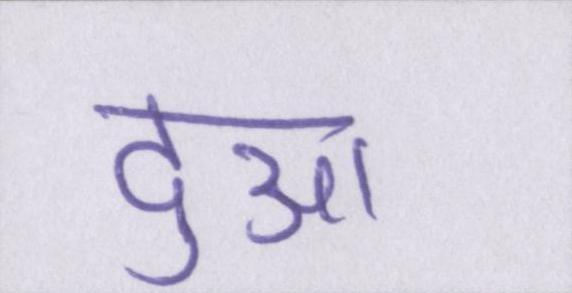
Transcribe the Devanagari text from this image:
दुआ